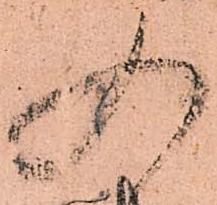
入